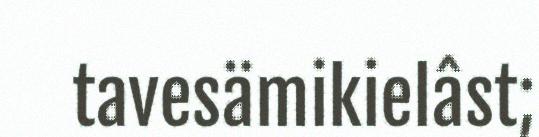
tavesämikielâst;